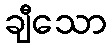
ချီသော